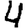
Digit: 4